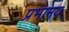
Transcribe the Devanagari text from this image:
प्रभामय